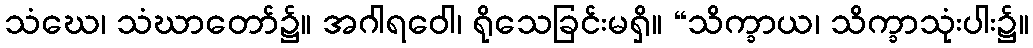
သံဃေ၊ သံဃာတော်၌။ အဂါရဝေါ၊ ရိုသေခြင်းမရှိ။ “သိက္ခာယ၊ သိက္ခာသုံးပါး၌။